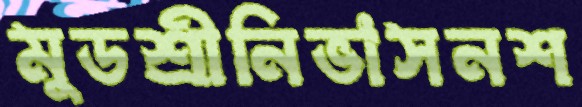
মুডশ্রীনিভাসনশ